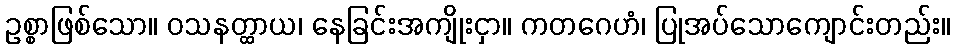
ဥစ္စာဖြစ်သော။ ဝသနတ္ထာယ၊ နေခြင်းအကျိုးငှာ။ ကတဂေဟံ၊ ပြုအပ်သောကျောင်းတည်း။